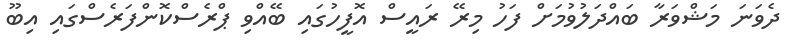
ދެވަނަ މަޝްވަރާ ބައްދަލުވުމަށް ފަހު މިރޭ ރައީސް އޮފީހުގައި ބޭއްވި ޕްރެސްކޮންފަރެސްގައި އިބޫ